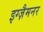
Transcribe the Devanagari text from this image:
इग्ज़ैमनर